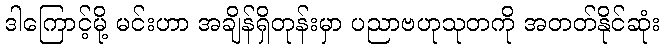
ဒါကြောင့်မို့ မင်းဟာ အချိန်ရှိတုန်းမှာ ပညာဗဟုသုတကို အတတ်နိုင်ဆုံး